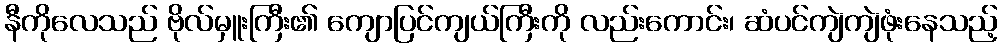
နီကိုလေသည် ဗိုလ်မှူးကြီး၏ ကျောပြင်ကျယ်ကြီးကို လည်းကောင်း၊ ဆံပင်ကျဲကျဲဖုံးနေသည့်